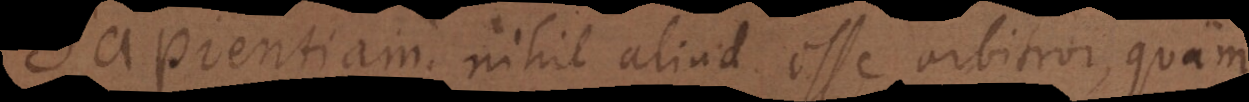
Sapientiam nihil aliud esse arbitror quam